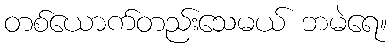
တစ်ယောက်တည်းသေမယ် ဘမဲရေ။